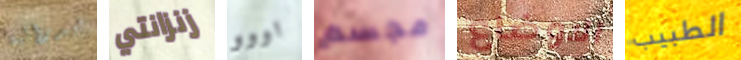
فيدرالية زنزانتي اووو مجسم الاوضاع الطبيب